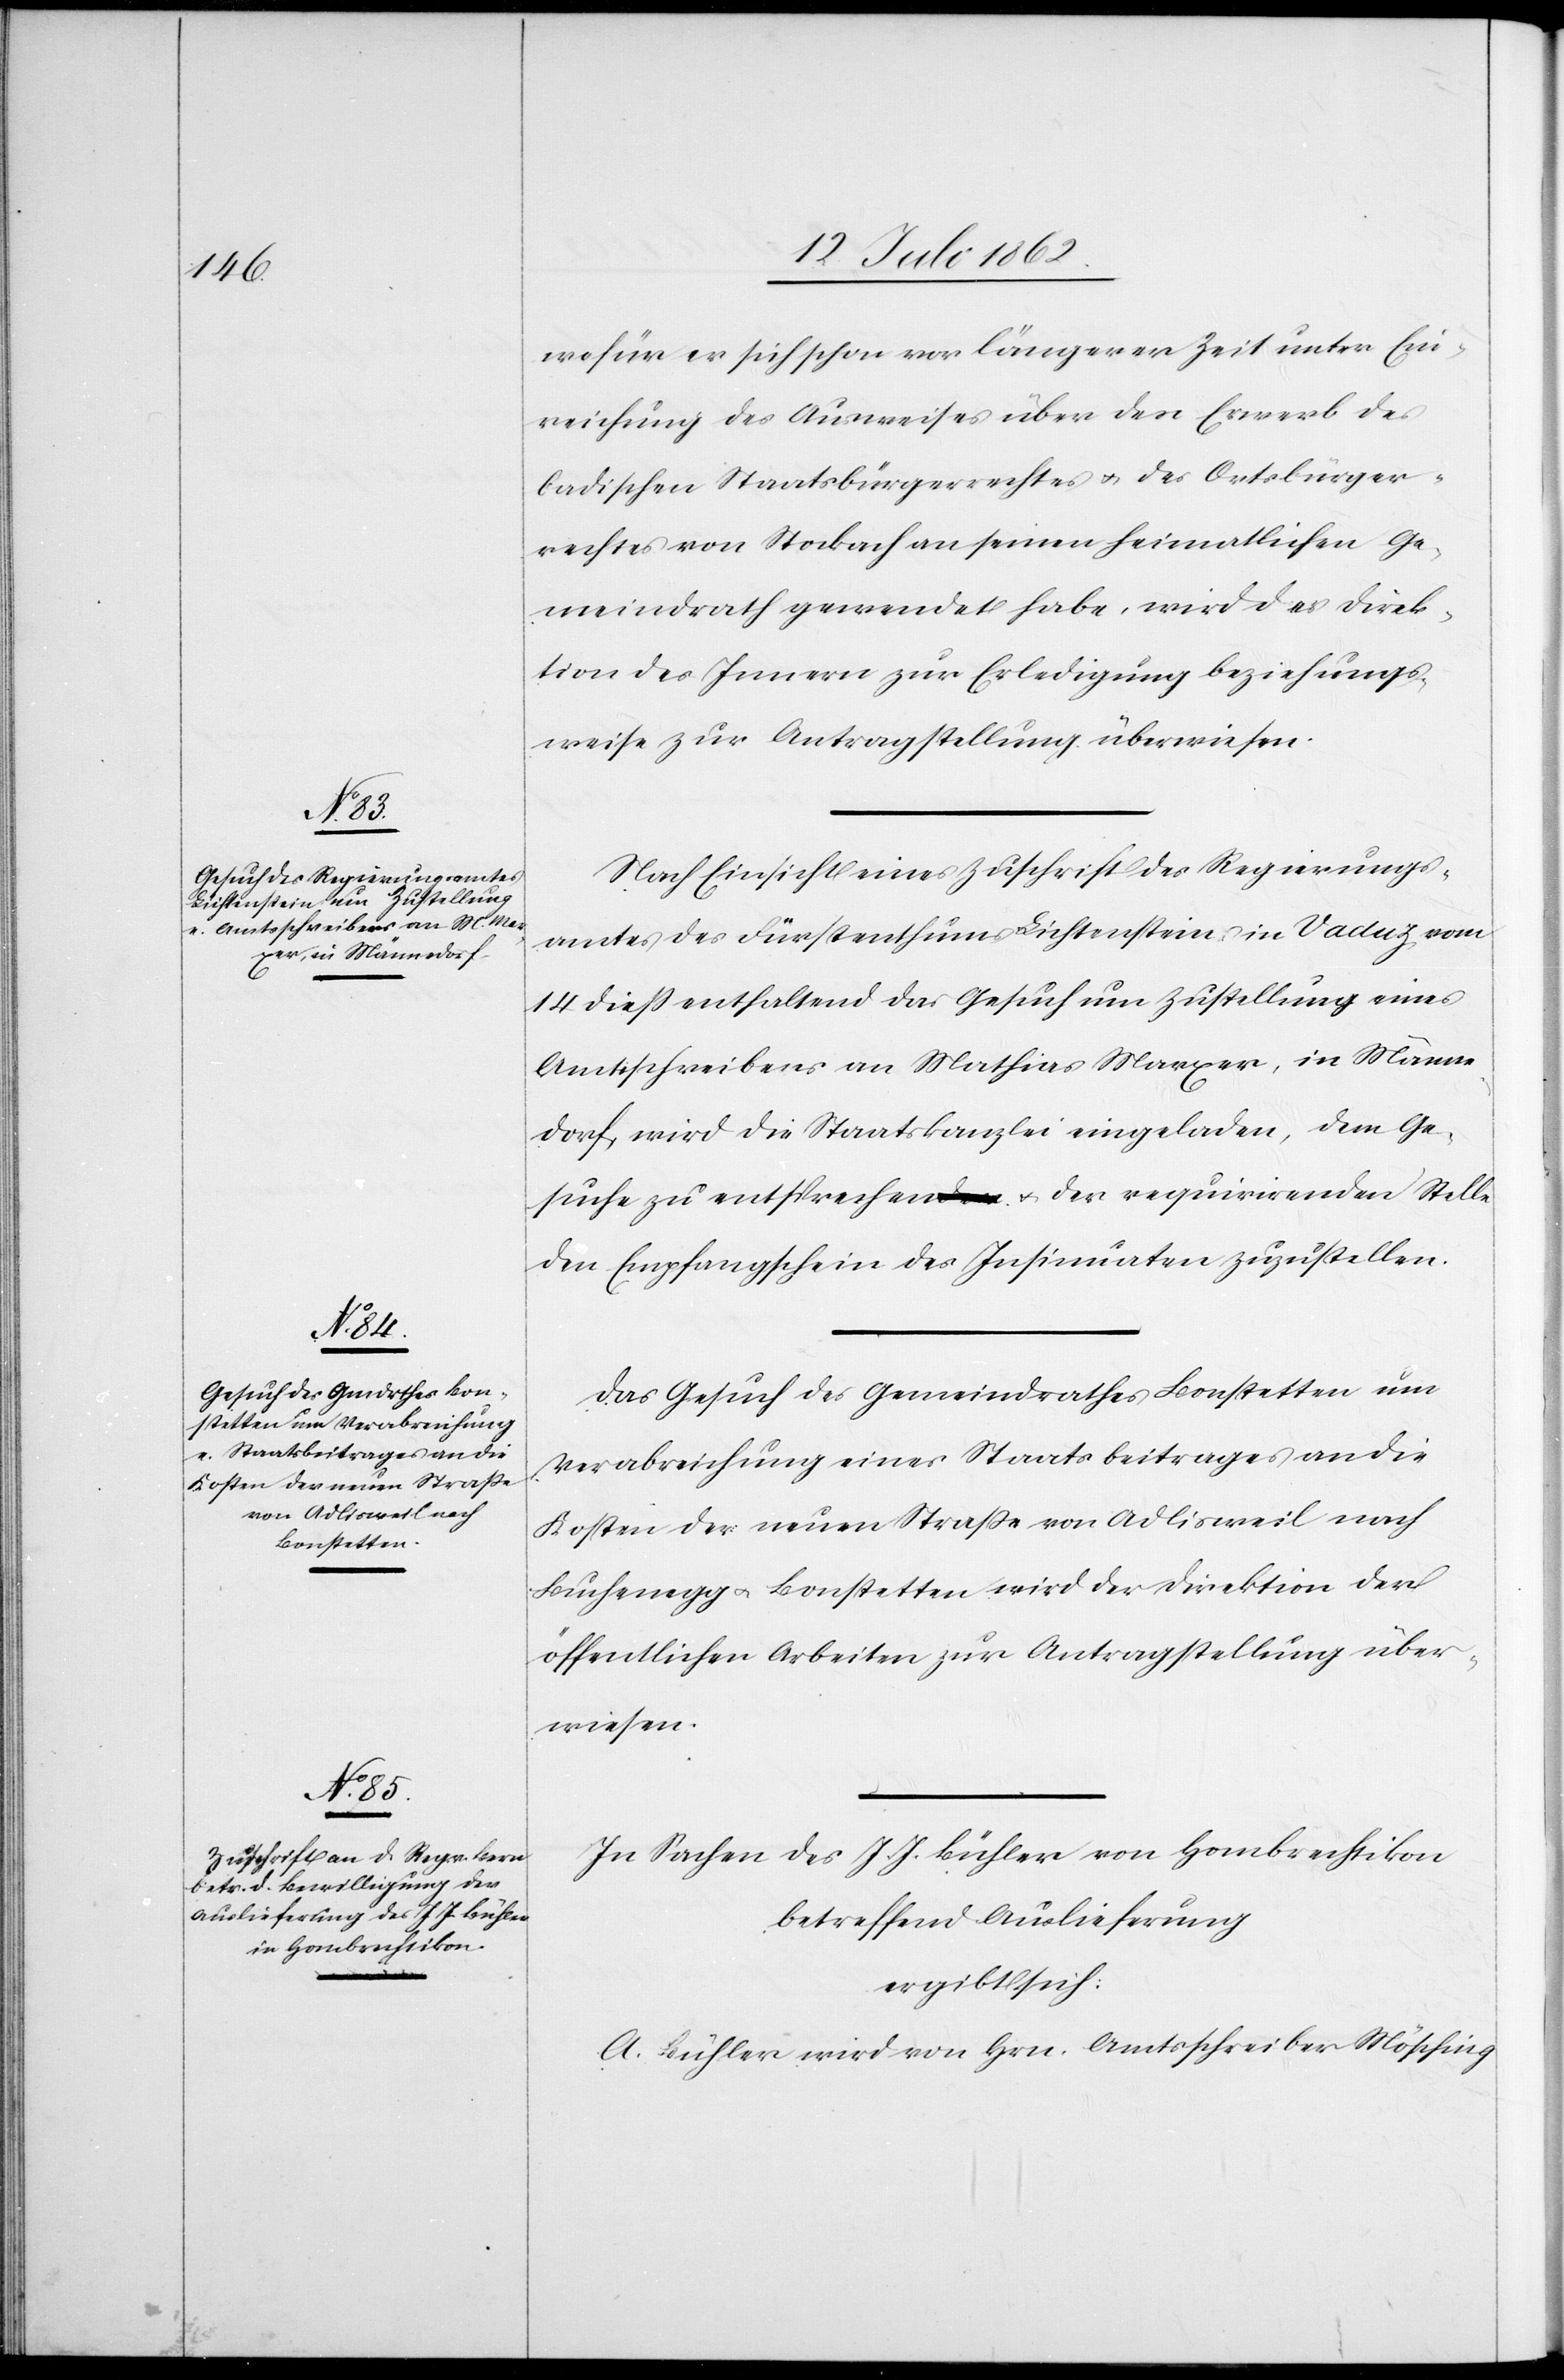
21. Juli 1862.]
wofür er sich schon vor längerer Zeit unter Ein¬
reichung des Ausweises über den Erwerb des
badischen Staatsbürgerrechtes u. des Ortsbürger¬
rechtes von Stockach an seinen heimatlichen Ge¬
meindrath gewendet habe, wird der Direk¬
tion des Innern zur Erledigung beziehungs¬
weise zur Antragstellung überwiesen
Nach Einsicht einer Zuschrift des Regierungs¬
amtes des Fürstenthum Lichtenstein, in Vaduz vom
14. dieß enthaltend das Gesuch um Zustellung eines
Amtsschreibens an Mathias Marxer, in Männe¬
dorf, wird die Staatskanzlei eingeladen, dem Ge¬
suche zu entsprechen u. der requirirenden Stelle
den Empfangschein der Insinuation zuzustellen.
Das Gesuch des Gemeindrathes Bonstetten um
Verabreichung eines Staatsbeitrages an die
Kosten der neuen Straße von Adlisweil nach
Buchenegg u. Bonstetten wird der Direktion der
öffentlichen Arbeiten zur Antragstellung über¬
wiesen.
In Sachen des J. J. Bühler von Hombrechtikon
betreffend Auslieferung
ergibt sich:
A. Bühler wird von Hrn. Amtsschreiber Mösching